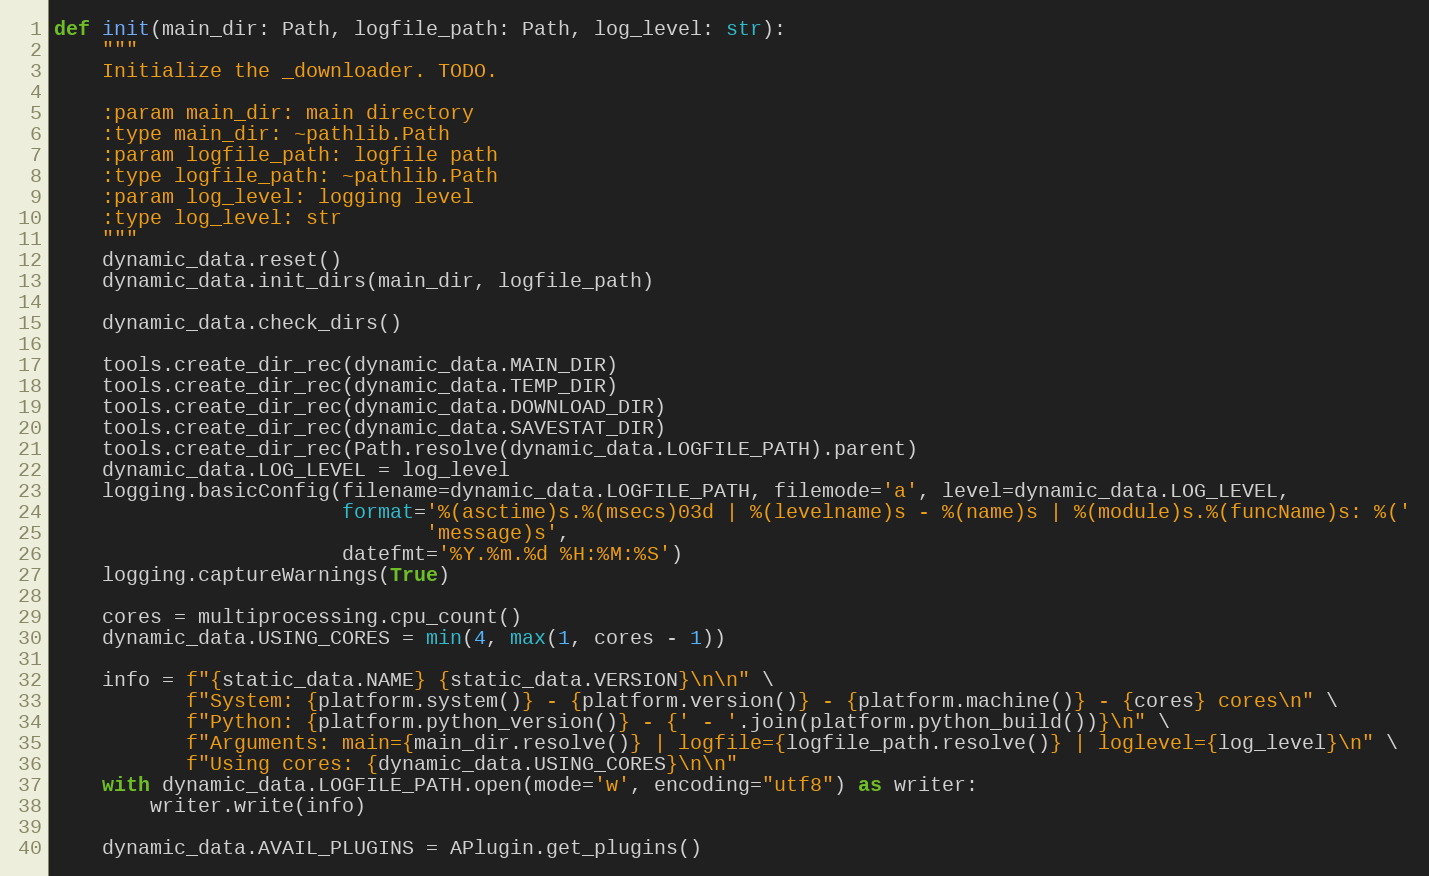
Language: Python
def init(main_dir: Path, logfile_path: Path, log_level: str):
    """
    Initialize the _downloader. TODO.

    :param main_dir: main directory
    :type main_dir: ~pathlib.Path
    :param logfile_path: logfile path
    :type logfile_path: ~pathlib.Path
    :param log_level: logging level
    :type log_level: str
    """
    dynamic_data.reset()
    dynamic_data.init_dirs(main_dir, logfile_path)

    dynamic_data.check_dirs()

    tools.create_dir_rec(dynamic_data.MAIN_DIR)
    tools.create_dir_rec(dynamic_data.TEMP_DIR)
    tools.create_dir_rec(dynamic_data.DOWNLOAD_DIR)
    tools.create_dir_rec(dynamic_data.SAVESTAT_DIR)
    tools.create_dir_rec(Path.resolve(dynamic_data.LOGFILE_PATH).parent)
    dynamic_data.LOG_LEVEL = log_level
    logging.basicConfig(filename=dynamic_data.LOGFILE_PATH, filemode='a', level=dynamic_data.LOG_LEVEL,
                        format='%(asctime)s.%(msecs)03d | %(levelname)s - %(name)s | %(module)s.%(funcName)s: %('
                               'message)s',
                        datefmt='%Y.%m.%d %H:%M:%S')
    logging.captureWarnings(True)

    cores = multiprocessing.cpu_count()
    dynamic_data.USING_CORES = min(4, max(1, cores - 1))

    info = f"{static_data.NAME} {static_data.VERSION}\n\n" \
           f"System: {platform.system()} - {platform.version()} - {platform.machine()} - {cores} cores\n" \
           f"Python: {platform.python_version()} - {' - '.join(platform.python_build())}\n" \
           f"Arguments: main={main_dir.resolve()} | logfile={logfile_path.resolve()} | loglevel={log_level}\n" \
           f"Using cores: {dynamic_data.USING_CORES}\n\n"
    with dynamic_data.LOGFILE_PATH.open(mode='w', encoding="utf8") as writer:
        writer.write(info)

    dynamic_data.AVAIL_PLUGINS = APlugin.get_plugins()